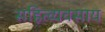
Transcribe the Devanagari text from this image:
सहित्व्यवसाय